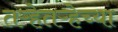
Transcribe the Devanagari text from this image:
तऱ्हेतऱ्हेच्या